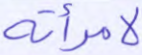
لامرأته